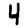
Digit: 4